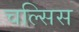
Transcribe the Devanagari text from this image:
चल्सिस